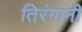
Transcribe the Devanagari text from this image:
तिरंगानी